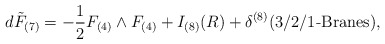
\begin{align*}d \tilde{F}_{(7)} = -\frac{1}{2}F_{(4)}\wedge F_{(4)}+I_{(8)}(R)+\delta^{(8)}(3/2/1\mbox{-Branes}),\end{align*}